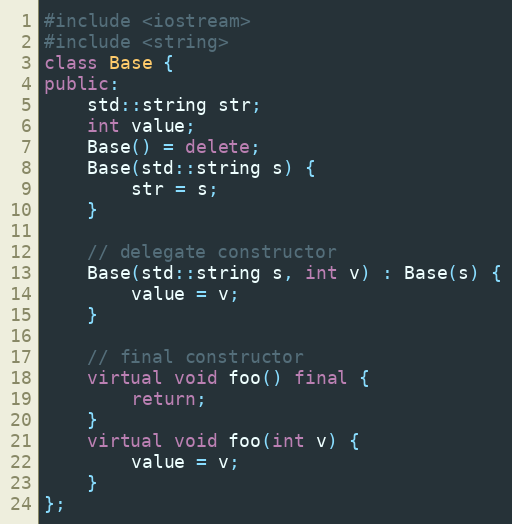
Language: C++
#include <iostream>
#include <string>
class Base {
public:
    std::string str;
    int value;
    Base() = delete;
    Base(std::string s) {
        str = s;
    }

    // delegate constructor
    Base(std::string s, int v) : Base(s) {
        value = v;
    }

    // final constructor
    virtual void foo() final {
        return;
    }
    virtual void foo(int v) {
        value = v;
    }
};